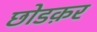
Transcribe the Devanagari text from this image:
छोडक़र